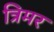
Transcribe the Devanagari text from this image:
त्रिमर